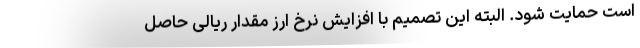
است حمایت شود. البته این تصمیم با افزایش نرخ ارز مقدار ریالی حاصل